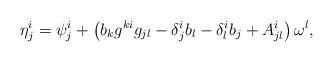
LaTeX: \begin{align*}\eta^i_j=\psi^i_j+\left(b_kg^{ki}g_{jl}-\delta^i_jb_l-\delta^i_lb_j+A^i_{jl}\right)\omega^l,\end{align*}